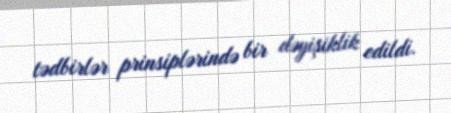
tədbirlər prinsiplərində bir dəyişiklik edildi.